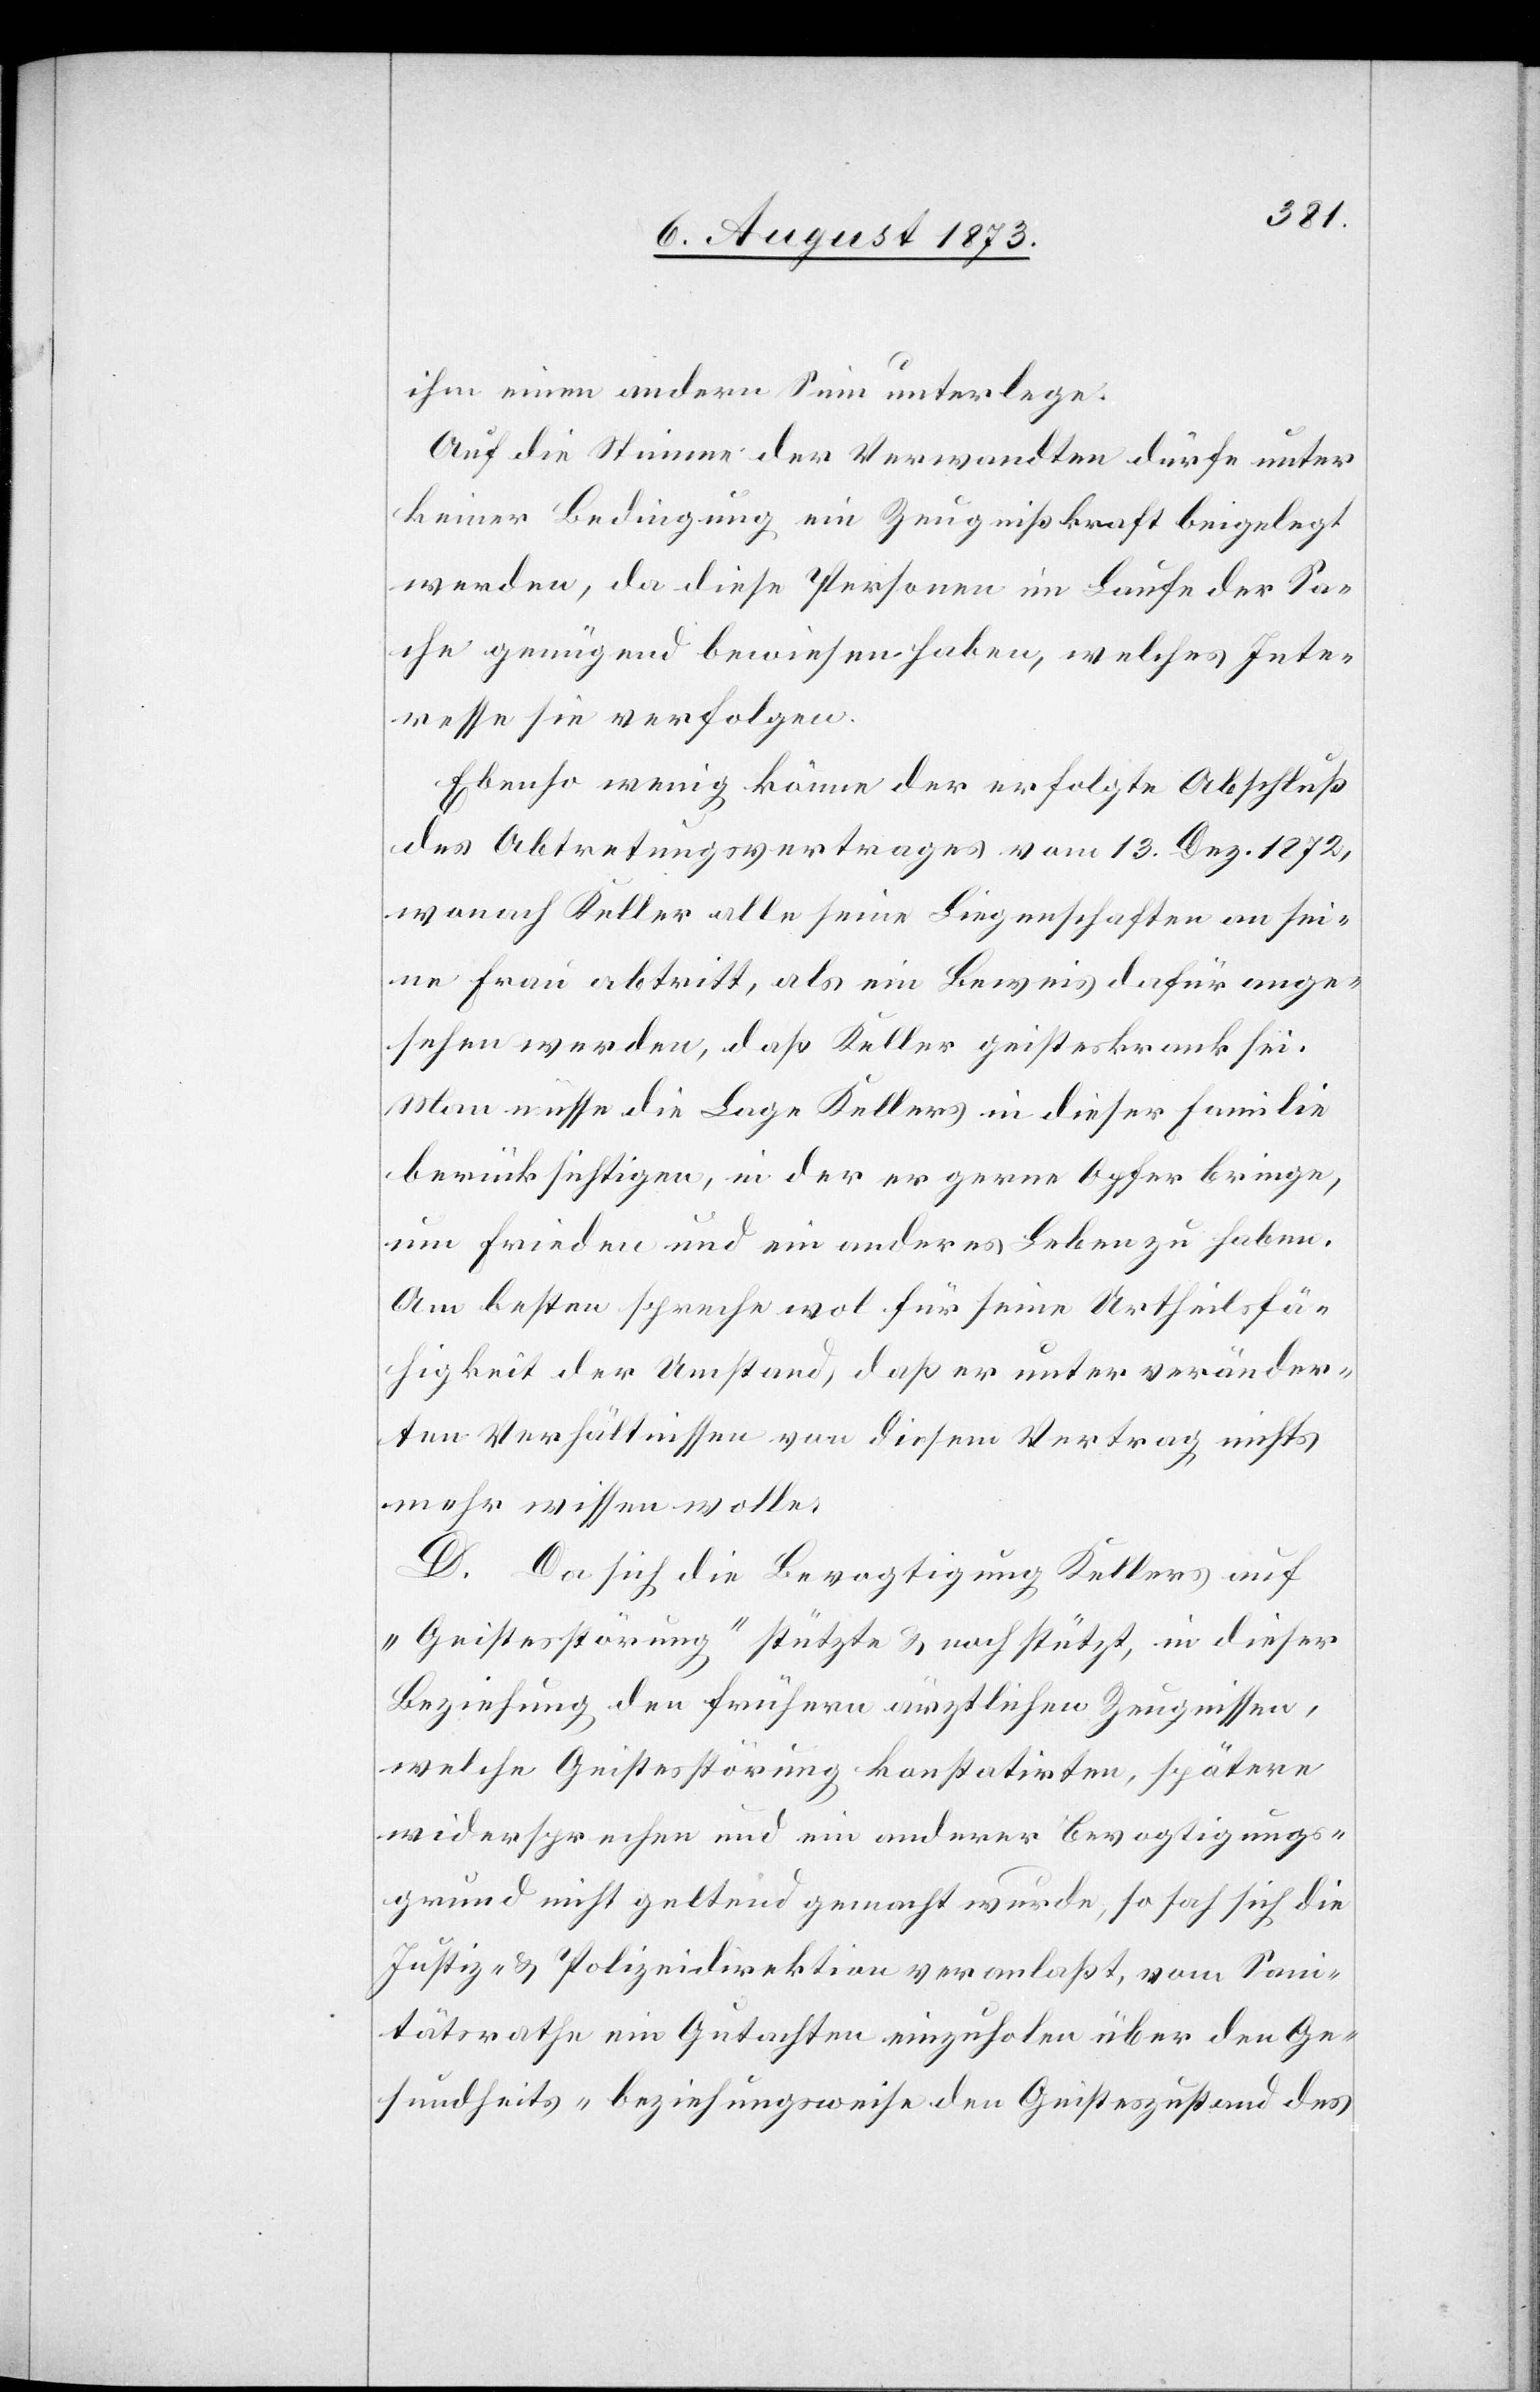
ihm einen andern Sinn unterlege.
Auf die Stimme der Verwandten dürfe unter
keiner Bedingung ein Zeugniß kraft [sic!] beigelegt
werden, da diese Personen im Laufe der Sa¬
che genügend bewiesen haben, welches Inter¬
esse sie verfolgen.
Ebenso wenig könne der erfolgte Abschluß
des Abtretungsvertrages vom 13. Dez. 1872
wonach Keller alle seine Liegenschaften an sei¬
ne Frau abtritt, als ein Beweis dafür ange¬
sehen werden, daß Keller geisteskrank sei.
Man müsse die Lage Kellers in dieser Familie
berücksichtigen, in der er gerne Opfer bringe,
um Frieden und ein anderes Leben zu haben.
Am besten spreche wol für seine Urtheilsfä¬
higkeit der Umstand, daß er unter veränder¬
ten Verhältnissen von diesem Vertrag nichts
mehr wissen wolle.
D. Da sich die Bevogtigung Kellers auf
„Geistesstörung“ stützte & noch stützt, in dieser
Beziehung den frühern ärztlichen Zeugnissen,
welche Geistesstörung konstatirten, spätere
widersprechen und ein anderer Bevogtigungs¬
grund nicht geltend gemacht wurde, so sah sich die
Justiz- & Polizeidirektion veranlaßt, vom San¬
itätsrathe ein Gutachten einzuholen über den Ge¬
sundheits- beziehungsweise den Geisteszustand des